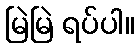
မြဲမြဲ ရပ်ပါ။